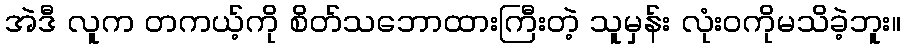
အဲဒီ လူက တကယ့်ကို စိတ်သဘောထားကြီးတဲ့ သူမှန်း လုံးဝကိုမသိခဲ့ဘူး။